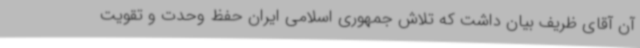
آن آقای ظریف بیان داشت که تلاش جمهوری اسلامی ایران حفظ وحدت و تقویت